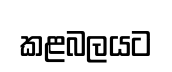
කළබලයට